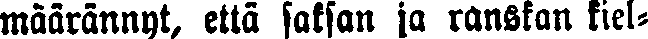
määrännyt, että saksan ja ranskan kiel-